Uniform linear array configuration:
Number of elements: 64
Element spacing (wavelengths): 0.75
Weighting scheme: hamming
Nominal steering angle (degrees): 60
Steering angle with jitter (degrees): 61.788
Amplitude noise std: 0.05
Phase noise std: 0.05

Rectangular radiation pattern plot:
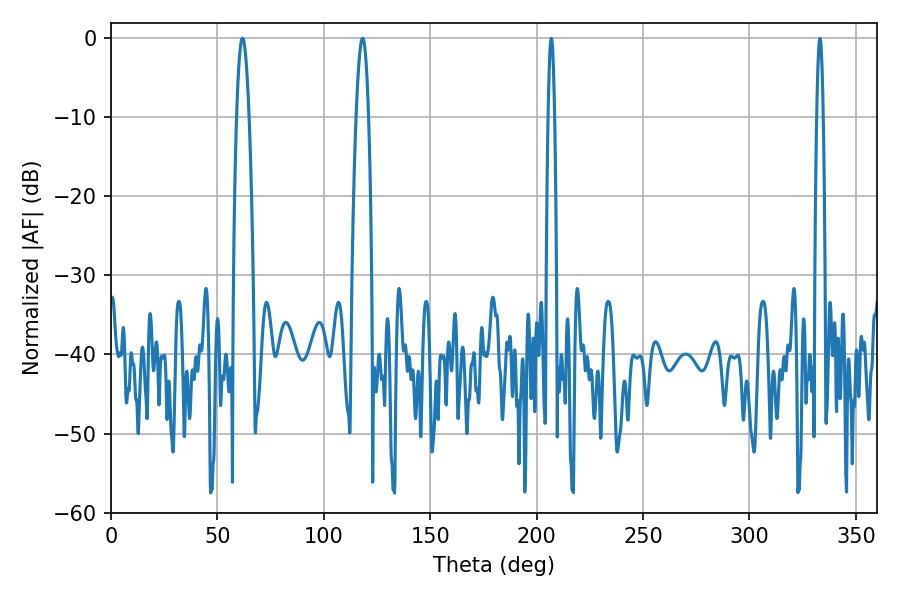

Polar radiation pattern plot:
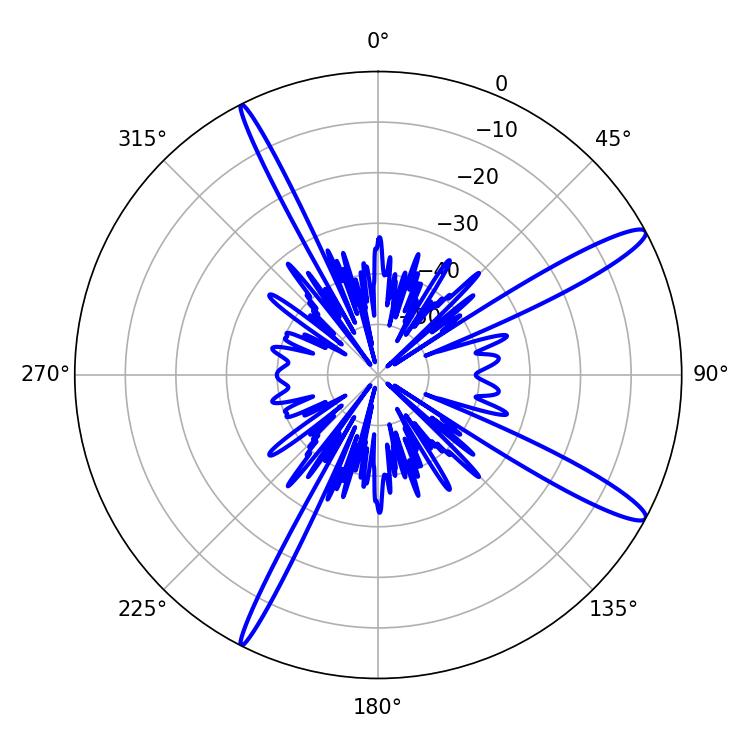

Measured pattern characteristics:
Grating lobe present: TRUE
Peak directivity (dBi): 14.059
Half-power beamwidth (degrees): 3.06
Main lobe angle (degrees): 118.26